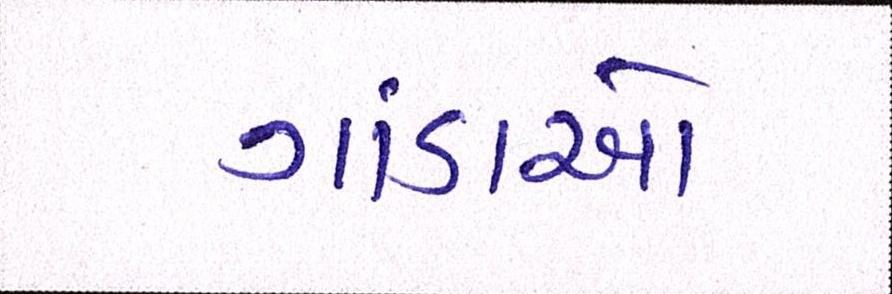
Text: ગાંડાઓ